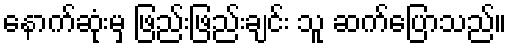
နောက်ဆုံးမှ ဖြည်းဖြည်းချင်း သူ ဆက်ပြောသည်။